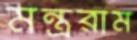
মন্ত্ররাম